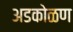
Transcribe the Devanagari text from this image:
अडकोळण